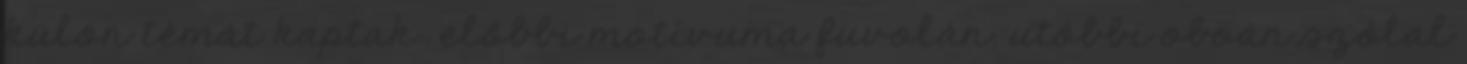
külön témát kaptak: előbbi motívuma fuvolán, utóbbi oboán szólal